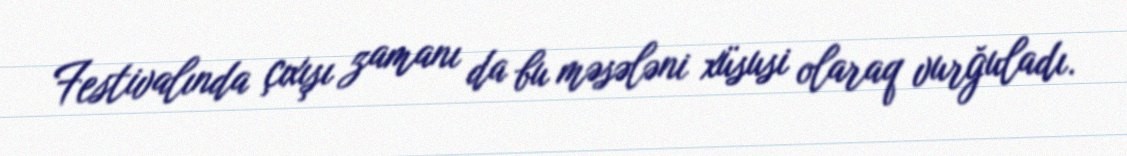
Festivalında çıxışı zamanı da bu məsələni xüsusi olaraq vurğuladı.